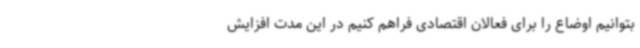
بتوانیم اوضاع را برای فعالان اقتصادی فراهم کنیم در این مدت افزایش